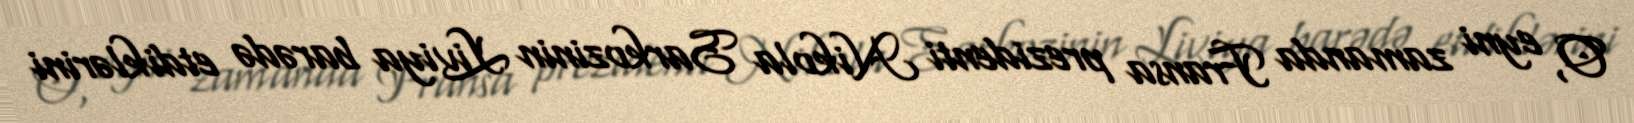
O, eyni zamanda Fransa prezidenti Nikola Sarkozinin Liviya barədə etdiklərini